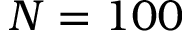
N = 1 0 0